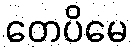
တေပိမေ